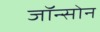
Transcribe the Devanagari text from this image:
जॉन्सोन